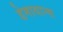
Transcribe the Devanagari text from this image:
डेमायान्स